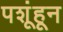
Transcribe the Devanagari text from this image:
पशूंहून